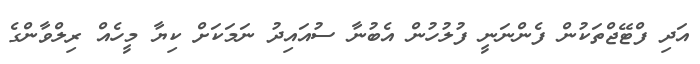
އަދި ފްޓޭޖްތަކުން ފެންނަނީ ފުލުހުން އެބުނާ ސުއައިދު ނަމަކަށް ކިޔާ މީހެއް ރިލްވާންގެ